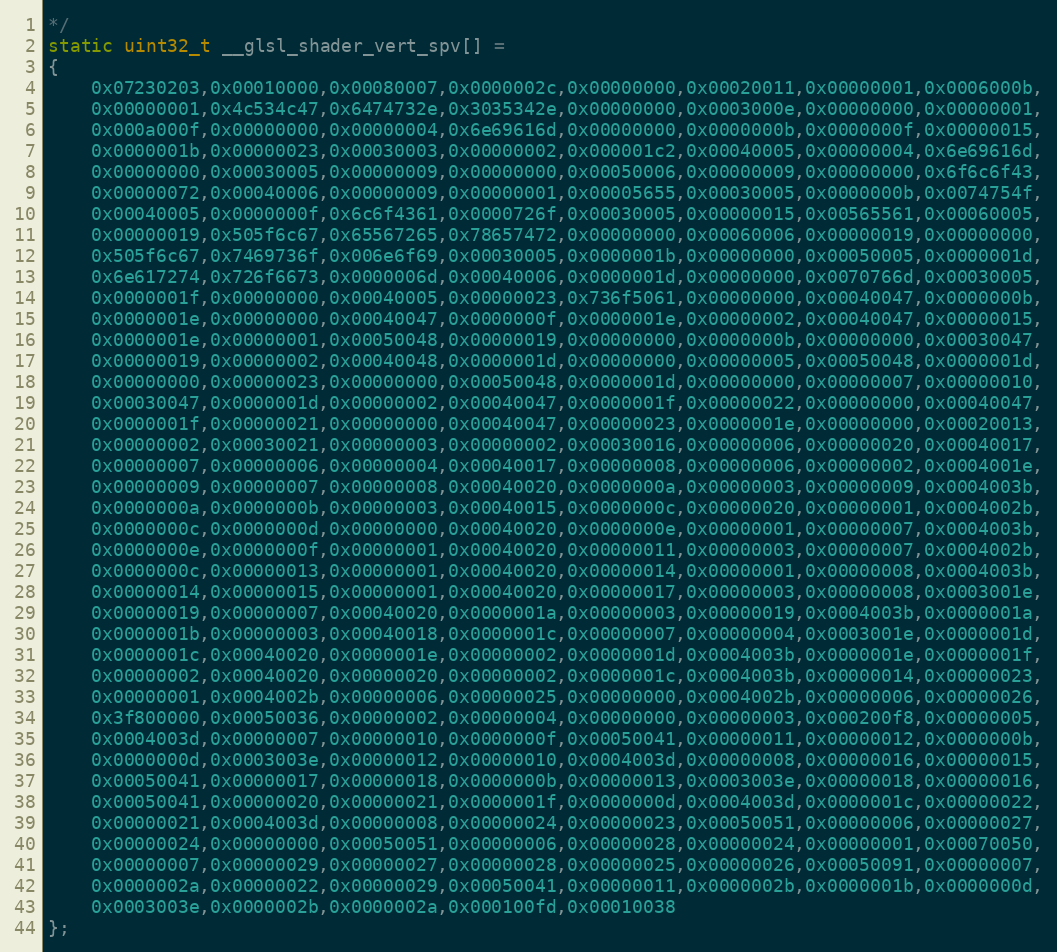
Language: C++
*/
static uint32_t __glsl_shader_vert_spv[] =
{
    0x07230203,0x00010000,0x00080007,0x0000002c,0x00000000,0x00020011,0x00000001,0x0006000b,
    0x00000001,0x4c534c47,0x6474732e,0x3035342e,0x00000000,0x0003000e,0x00000000,0x00000001,
    0x000a000f,0x00000000,0x00000004,0x6e69616d,0x00000000,0x0000000b,0x0000000f,0x00000015,
    0x0000001b,0x00000023,0x00030003,0x00000002,0x000001c2,0x00040005,0x00000004,0x6e69616d,
    0x00000000,0x00030005,0x00000009,0x00000000,0x00050006,0x00000009,0x00000000,0x6f6c6f43,
    0x00000072,0x00040006,0x00000009,0x00000001,0x00005655,0x00030005,0x0000000b,0x0074754f,
    0x00040005,0x0000000f,0x6c6f4361,0x0000726f,0x00030005,0x00000015,0x00565561,0x00060005,
    0x00000019,0x505f6c67,0x65567265,0x78657472,0x00000000,0x00060006,0x00000019,0x00000000,
    0x505f6c67,0x7469736f,0x006e6f69,0x00030005,0x0000001b,0x00000000,0x00050005,0x0000001d,
    0x6e617274,0x726f6673,0x0000006d,0x00040006,0x0000001d,0x00000000,0x0070766d,0x00030005,
    0x0000001f,0x00000000,0x00040005,0x00000023,0x736f5061,0x00000000,0x00040047,0x0000000b,
    0x0000001e,0x00000000,0x00040047,0x0000000f,0x0000001e,0x00000002,0x00040047,0x00000015,
    0x0000001e,0x00000001,0x00050048,0x00000019,0x00000000,0x0000000b,0x00000000,0x00030047,
    0x00000019,0x00000002,0x00040048,0x0000001d,0x00000000,0x00000005,0x00050048,0x0000001d,
    0x00000000,0x00000023,0x00000000,0x00050048,0x0000001d,0x00000000,0x00000007,0x00000010,
    0x00030047,0x0000001d,0x00000002,0x00040047,0x0000001f,0x00000022,0x00000000,0x00040047,
    0x0000001f,0x00000021,0x00000000,0x00040047,0x00000023,0x0000001e,0x00000000,0x00020013,
    0x00000002,0x00030021,0x00000003,0x00000002,0x00030016,0x00000006,0x00000020,0x00040017,
    0x00000007,0x00000006,0x00000004,0x00040017,0x00000008,0x00000006,0x00000002,0x0004001e,
    0x00000009,0x00000007,0x00000008,0x00040020,0x0000000a,0x00000003,0x00000009,0x0004003b,
    0x0000000a,0x0000000b,0x00000003,0x00040015,0x0000000c,0x00000020,0x00000001,0x0004002b,
    0x0000000c,0x0000000d,0x00000000,0x00040020,0x0000000e,0x00000001,0x00000007,0x0004003b,
    0x0000000e,0x0000000f,0x00000001,0x00040020,0x00000011,0x00000003,0x00000007,0x0004002b,
    0x0000000c,0x00000013,0x00000001,0x00040020,0x00000014,0x00000001,0x00000008,0x0004003b,
    0x00000014,0x00000015,0x00000001,0x00040020,0x00000017,0x00000003,0x00000008,0x0003001e,
    0x00000019,0x00000007,0x00040020,0x0000001a,0x00000003,0x00000019,0x0004003b,0x0000001a,
    0x0000001b,0x00000003,0x00040018,0x0000001c,0x00000007,0x00000004,0x0003001e,0x0000001d,
    0x0000001c,0x00040020,0x0000001e,0x00000002,0x0000001d,0x0004003b,0x0000001e,0x0000001f,
    0x00000002,0x00040020,0x00000020,0x00000002,0x0000001c,0x0004003b,0x00000014,0x00000023,
    0x00000001,0x0004002b,0x00000006,0x00000025,0x00000000,0x0004002b,0x00000006,0x00000026,
    0x3f800000,0x00050036,0x00000002,0x00000004,0x00000000,0x00000003,0x000200f8,0x00000005,
    0x0004003d,0x00000007,0x00000010,0x0000000f,0x00050041,0x00000011,0x00000012,0x0000000b,
    0x0000000d,0x0003003e,0x00000012,0x00000010,0x0004003d,0x00000008,0x00000016,0x00000015,
    0x00050041,0x00000017,0x00000018,0x0000000b,0x00000013,0x0003003e,0x00000018,0x00000016,
    0x00050041,0x00000020,0x00000021,0x0000001f,0x0000000d,0x0004003d,0x0000001c,0x00000022,
    0x00000021,0x0004003d,0x00000008,0x00000024,0x00000023,0x00050051,0x00000006,0x00000027,
    0x00000024,0x00000000,0x00050051,0x00000006,0x00000028,0x00000024,0x00000001,0x00070050,
    0x00000007,0x00000029,0x00000027,0x00000028,0x00000025,0x00000026,0x00050091,0x00000007,
    0x0000002a,0x00000022,0x00000029,0x00050041,0x00000011,0x0000002b,0x0000001b,0x0000000d,
    0x0003003e,0x0000002b,0x0000002a,0x000100fd,0x00010038
};